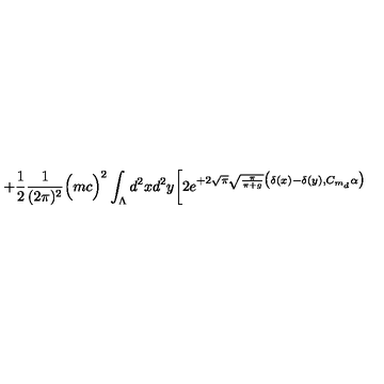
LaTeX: + \frac { 1 } { 2 } \frac { 1 } { ( 2 \pi ) ^ { 2 } } \Big ( m c \Big ) ^ { 2 } \int _ { \Lambda } d ^ { 2 } x d ^ { 2 } y \bigg [ 2 e ^ { + 2 \sqrt { \pi } \sqrt { \frac { \pi } { \pi + g } } \big ( \delta ( x ) - \delta ( y ) , C _ { m _ { d } } \alpha \big ) }